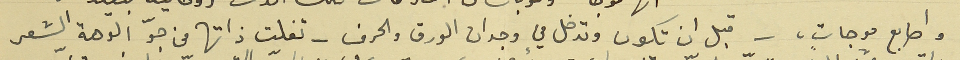
واصابع موجات،ٍ - قبل ان تكون وتدخل في وجدان الورق والحرف - تفلت ذاتها من جوّ الوهة الشعر